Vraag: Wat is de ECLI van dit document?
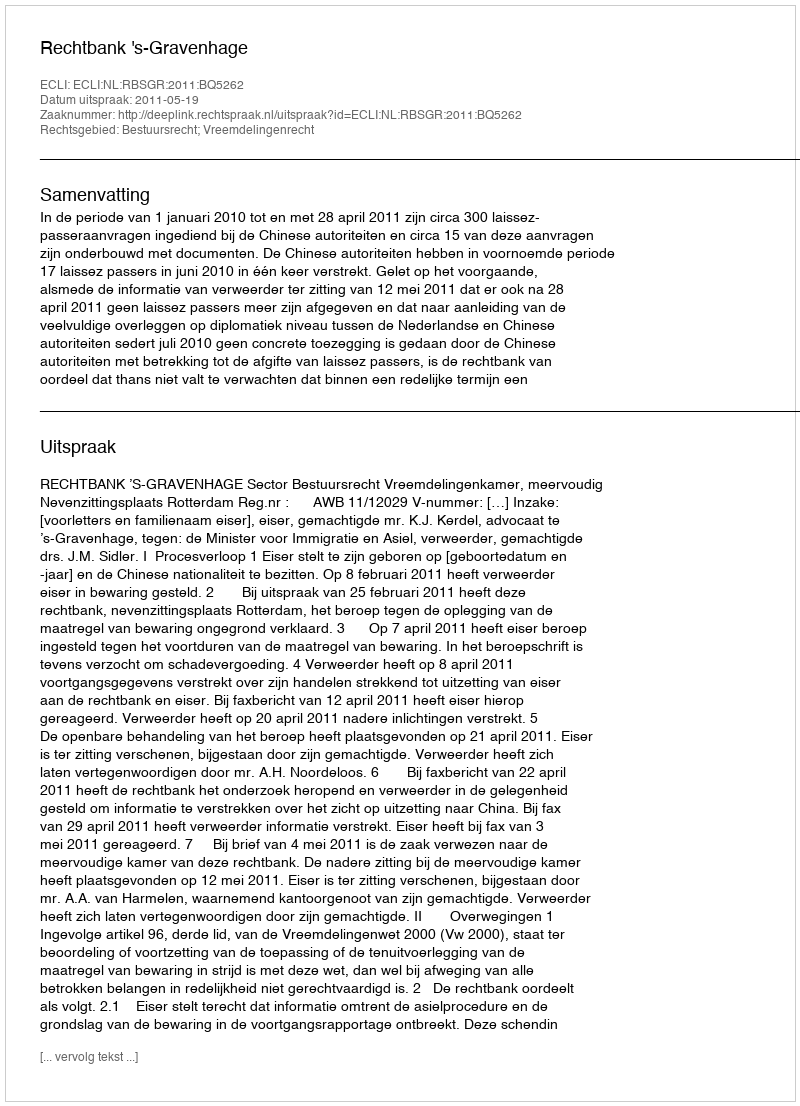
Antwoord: ECLI:NL:RBSGR:2011:BQ5262